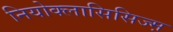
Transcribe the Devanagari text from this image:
नियोक्लासिसिज्म़